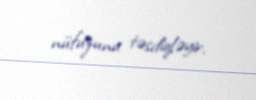
nüfuzunu təsdiqləyir.